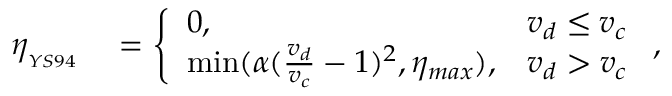
\begin{array} { r l } { \eta _ { _ { Y S 9 4 } } } & { { } = \left\{ \begin{array} { l l } { 0 , } & { v _ { d } \leq v _ { c } } \\ { \operatorname* { m i n } ( \alpha ( \frac { v _ { d } } { v _ { c } } - 1 ) ^ { 2 } , \eta _ { m a x } ) , } & { v _ { d } > v _ { c } } \end{array} \right. , } \end{array}